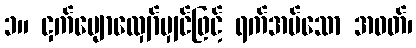
၁။ ငှက်ပျောလျှော်မျှင်ဖြင့် ရက်အပ်သော အဝတ်၊